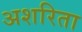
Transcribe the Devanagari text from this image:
अशरिता